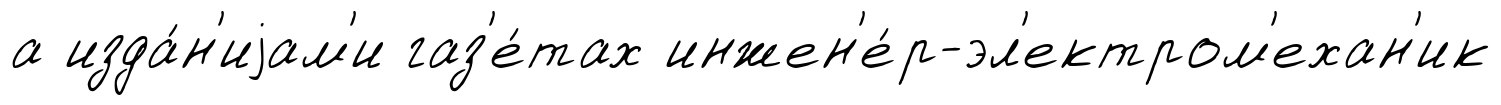
а изда́н'иjам'и газ'е́тах инжен'е́р-эл'ектром'ехан'ик